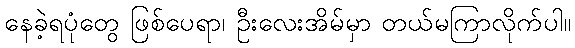
နေခဲ့ရပုံတွေ ဖြစ်ပေရာ၊ ဦးလေးအိမ်မှာ တယ်မကြာလိုက်ပါ။